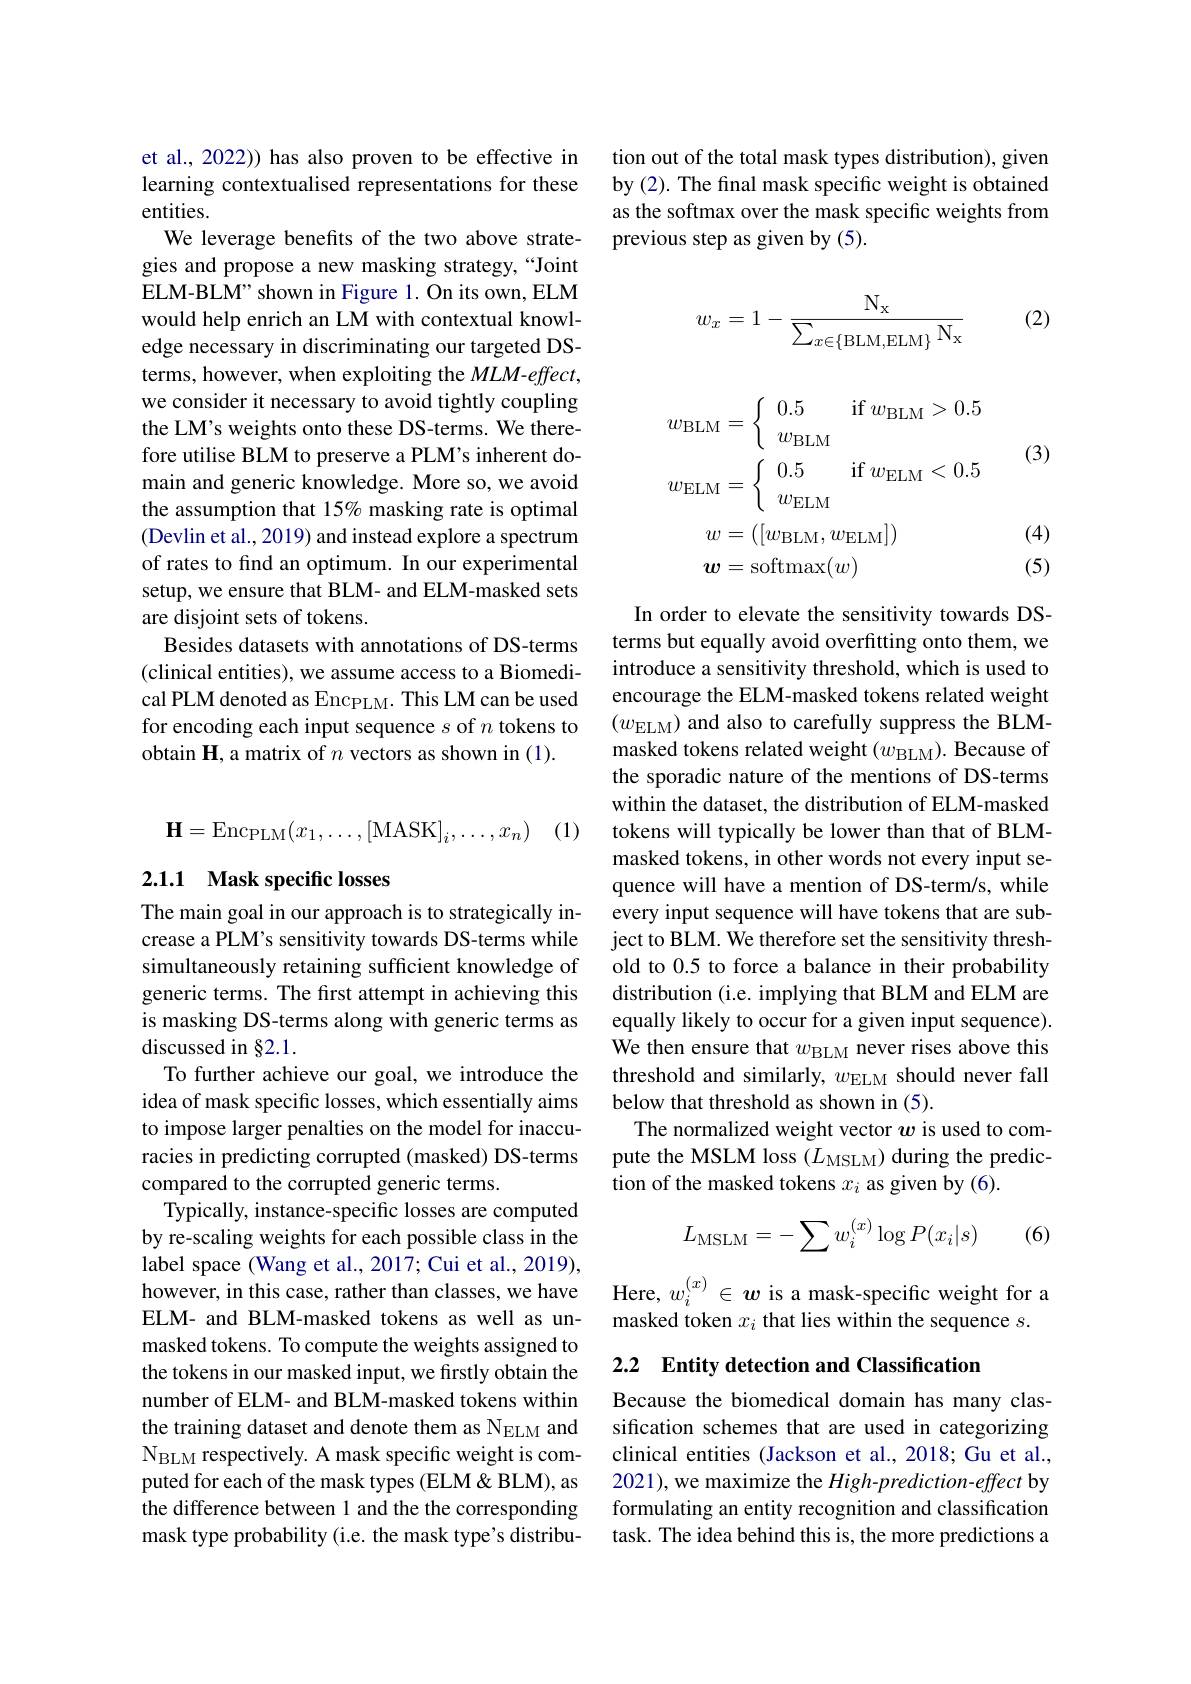
et al., 2022)) has also proven to be effective in learning contextualised representations for these entities.
We leverage benefits of the two above strategies and propose a new masking strategy,“Joint ELM-BLM" shown in Figure 1. On its own, ELM would help enrich an LM with contextual knowledge necessary in discriminating our targeted DSterms, however, when exploiting the MLM-effect, we consider it necessary to avoid tightly coupling the LM's weights onto these DS-terms. We therefore utilise BLM to preserve a PLM's inherent domain and generic knowledge. More so, we avoid the assumption that 15% masking rate is optimal (Devlin et al., 2019) and instead explore a spectrum of rates to find an optimum. In our experimental setup, we ensure that BLM- and ELM-masked sets are disjoint sets of tokens.
Besides datasets with annotations of DS-terms (clinical entities), we assume access to a Biomedical PLM denoted as Enc_PLM. This LM can be used for encoding each input sequence $s$ of $n$ tokens to obtain H, a matrix of $n$ vectors as shown in (1).

(1)
$$\mathbf{H}=\mathrm{Enc}_{\mathrm{PLM}}(x_1,\ldots,[\mathrm{MASK}]_i,\ldots,x_n)$$
## 2.1.1 Mask specific losses

The main goal in our approach is to strategically increase a PLM's sensitivity towards DS-terms while simultaneously retaining sufficient knowledge of generic terms. The first attempt in achieving this is masking DS-terms along with generic terms as discussed in §2.1.
To further achieve our goal, we introduce the idea of mask specific losses, which essentially aims to impose larger penalties on the model for inaccuracies in predicting corrupted (masked) DS-terms compared to the corrupted generic terms.
Typically, instance-specific losses are computed by re-scaling weights for each possible class in the label space (Wang et al., 2017; Cui et al., 2019), laber space (wang et at, 2017, Cul et al., 2019),however, in this case, rather than classes, we have Here, $w_i^{(x)}\in\boldsymbol{w}$ is a mask-specific weight for a
ELM- and BLM-masked tokens as well as unmasked tokens. To compute the weights assigned to the tokens in our masked input, we firstly obtain the number of ELM- and BLM-masked tokens within the training dataset and denote them as N$_\mathrm{ELM}$ and N$_\mathrm{BLM}$ respectively. A mask specific weight is computed for each of the mask types (ELM & BLM), as the difference between 1 and the the corresponding mask type probability (i.e. the mask type's distribu-

tion out of the total mask types distribution), given by (2). The final mask specific weight is obtained as the softmax over the mask specific weights from previous step as given by (5).

(2)
$$w_x=1-\frac{\mathrm N_\mathrm{x}}{\sum_{x\in\{\mathrm B\mathrm L\mathrm M,\mathrm E\mathrm L\mathrm M\}}\mathrm N_\mathrm{x}}$$
(3)
$$\begin{aligned}w_{\mathrm{BLM}}&=\left\{\begin{array}{ll}0.5&\mathrm{if}\:w_{\mathrm{BLM}}>0.5\\w_{\mathrm{BLM}}\end{array}\right.\\w_{\mathrm{ELM}}&=\left\{\begin{array}{ll}0.5&\mathrm{if}\:w_{\mathrm{ELM}}<0.5\\w_{\mathrm{ELM}}\end{array}\right.\\w&=([w_{\mathrm{BLM}},w_{\mathrm{ELM}}])\\\boldsymbol{w}&=\mathrm{softmax}(w)\end{aligned}$$
(4) (5)

In order to elevate the sensitivity towards DSterms but equally avoid overfitting onto them, we introduce a sensitivity threshold, which is used to encourage the ELM-masked tokens related weight $(w_{\mathrm{ELM}})$ and also to carefully suppress the BLMmasked tokens related weight $(w_\mathrm{BLM}).$ Because of the sporadic nature of the mentions of DS-terms within the dataset, the distribution of ELM-masked tokens will typically be lower than that of BLMmasked tokens, in other words not every input sequence will have a mention of DS-term/s, while every input sequence will have tokens that are subject to BLM. We therefore set the sensitivity threshold to 0.5 to force a balance in their probability distribution (i.e. implying that BLM and ELM are equally likely to occur for a given input sequence). We then ensure that $w_\mathrm{BLM}$ never rises above this threshold and similarly, $w_\mathrm{ELM}$ should never fall below that threshold as shown in (5).
The normalized weight vector $w$ is used to compute the MSLM loss $(L_\mathrm{MSLM})$ during the prediction of the masked tokens $x_i$ as given by (6).
$$L_{\mathrm{MSLM}}=-\sum w_i^{(x)}\log P(x_i|s)$$
(6)

masked token $x_i$ that lies within the sequence $s.$

2.2 Entity detection and Classification

Because the biomedical domain has many classification schemes that are used in categorizing clinical entities (Jackson et al., 2018; Gu et al., 2021), we maximize the High-prediction-effect by formulating an entity recognition and classification task. The idea behind this is, the more predictions a